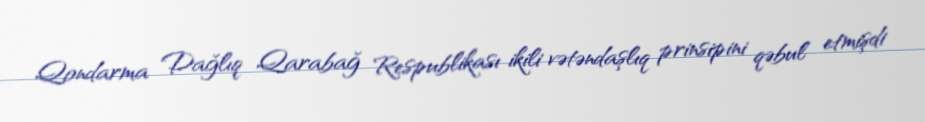
Qondarma Dağlıq Qarabağ Respublikası ikili vətəndaşlıq prinsipini qəbul etmişdi